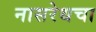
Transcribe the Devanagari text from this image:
नासरेथचा